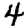
Digit: 4